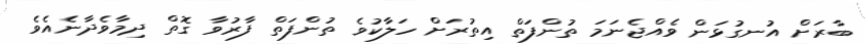
ބާރަށް އުނގުޅަން ވެއްޖެނަމަ ތުންފަތް އިތުރަށް ހަލާކުވެ ތުންފަތް ފާރުވާ ގޮތް ދިމާވެދާނެއެވެ